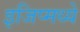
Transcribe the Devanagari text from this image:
इजिप्मध्ये